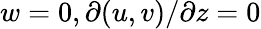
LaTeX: w=0,\partial(u,v)/\partial z=0